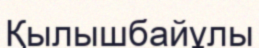
Қылышбайұлы